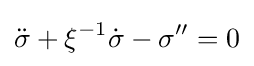
{\ddot {\sigma }}+\xi ^{-1}{\dot {\sigma }}-\sigma ^{\prime \prime }=0